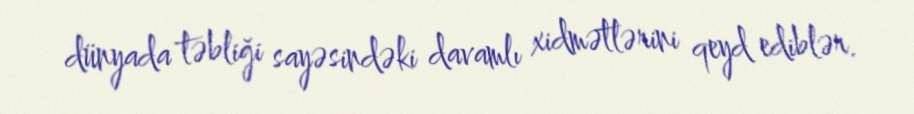
dünyada təbliği sayəsindəki davamlı xidmətlərini qeyd ediblər.